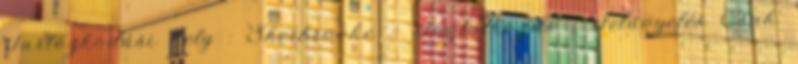
Tartózkodási hely : Sherbrooke :: Foglalkozás : Felügyelés Csak